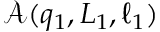
\mathscr { A } ( q _ { 1 } , L _ { 1 } , \ell _ { 1 } )